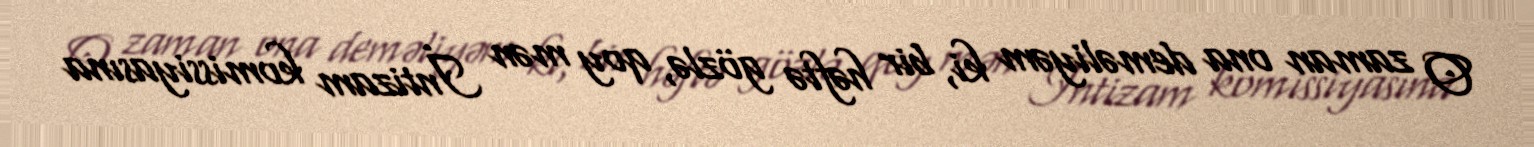
O zaman ona deməliyəm ki, bir həftə gözlə, qoy mən İntizam komissiyasına